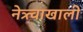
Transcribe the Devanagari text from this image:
नेत्र्त्वाखाली